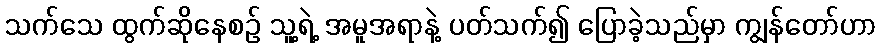
သက်သေ ထွက်ဆိုနေစဉ် သူ့ရဲ့ အမူအရာနဲ့ ပတ်သက်၍ ပြောခဲ့သည်မှာ ကျွန်တော်ဟာ